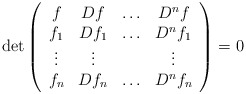
\begin{align*}\det\left(\begin{array}{cccc} f & Df & \hdots & D^nf \\ f_1 & Df_1 & \hdots & D^nf_1 \\ \vdots & \vdots & & \vdots \\ f_n & Df_n & \hdots & D^nf_n\end{array}\right)=0\end{align*}